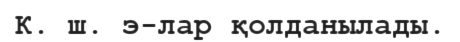
К. ш. э-лар қолданылады.